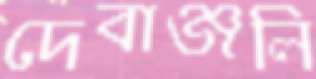
দেবাঞ্জলি